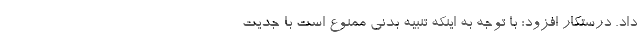
داد. درستکار افزود: با توجه به اینکه تنبیه بدنی ممنوع است با جدیت